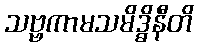
သဗ္ဗကာမသမိဒ္ဓိနီတိ